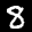
Label: 8